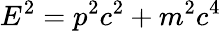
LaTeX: E^{2}=p^{2}c^{2}+m^{2}c^{4}